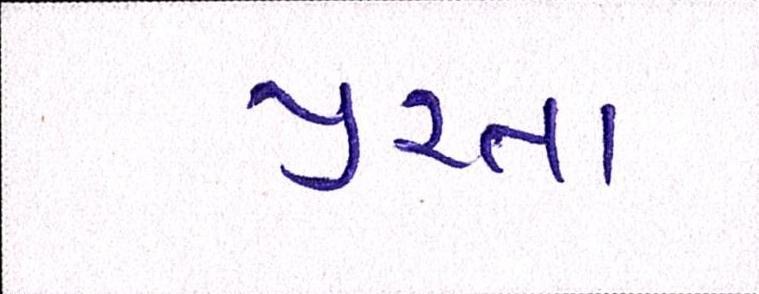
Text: પુરતાં